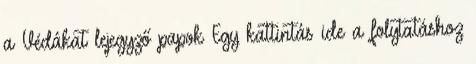
a Védákat lejegyző papok Egy kattintás ide a folytatáshoz